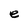
Character: e